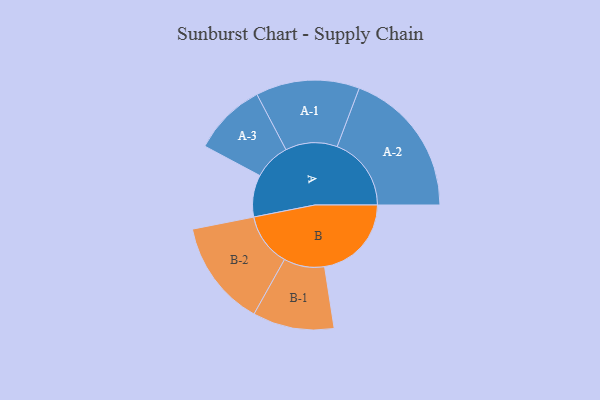
{"axis": {"x": "Segment", "y": "Value"}, "legend": ["", "A", "B"], "data": [{"x": "A", "y": 132, "type": ""}, {"x": "B", "y": 273, "type": ""}, {"x": "A-1", "y": 163, "type": "A"}, {"x": "A-2", "y": 233, "type": "A"}, {"x": "A-3", "y": 115, "type": "A"}, {"x": "B-1", "y": 128, "type": "B"}, {"x": "B-2", "y": 167, "type": "B"}]}